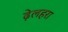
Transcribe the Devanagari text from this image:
ढ़ेलहरा